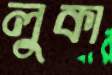
লুকা